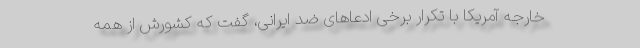
خارجه آمریکا با تکرار برخی ادعاهای ضد ایرانی، گفت که کشورش از همه